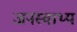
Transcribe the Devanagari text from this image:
जनस्वाथ्य